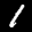
Label: 1